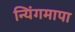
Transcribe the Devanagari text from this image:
न्यिंगमापा